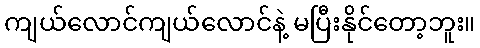
ကျယ်လောင်ကျယ်လောင်နဲ့ မပြီးနိုင်တော့ဘူး။